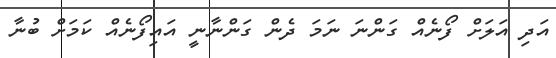
އަދި އަލަށް ފޯނެއް ގަންނަ ނަމަ ދެން ގަންނާނީ އައިފޯނެއް ކަމަށް ބުނާ